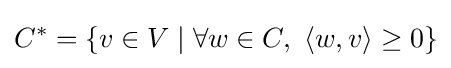
C^{*}=\{v\in V\mid \forall w\in C,~\langle w,v\rangle \geq 0\}